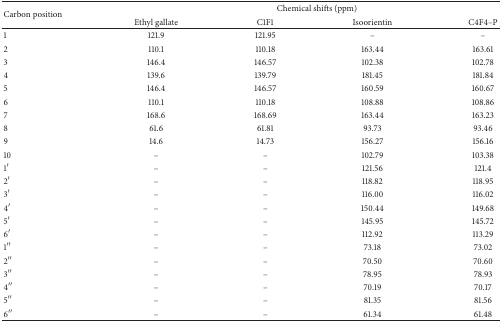
<table><thead><tr><td rowspan="2"><b>Carbon position</b></td><td colspan="4"><b>Chemical shifts (ppm)</b></td></tr><tr><td><b>Ethyl gallate</b></td><td><b>C1F1</b></td><td><b>Isoorientin</b></td><td><b>C4F4–P</b></td></tr></thead><tbody><tr><td>1</td><td>121.9</td><td>121.95</td><td>–</td><td>–</td></tr><tr><td>2</td><td>110.1</td><td>110.18</td><td>163.44</td><td>163.61</td></tr><tr><td>3</td><td>146.4</td><td>146.57</td><td>102.38</td><td>102.78</td></tr><tr><td>4</td><td>139.6</td><td>139.79</td><td>181.45</td><td>181.84</td></tr><tr><td>5</td><td>146.4</td><td>146.57</td><td>160.59</td><td>160.67</td></tr><tr><td>6</td><td>110.1</td><td>110.18</td><td>108.88</td><td>108.86</td></tr><tr><td>7</td><td>168.6</td><td>168.69</td><td>163.44</td><td>163.23</td></tr><tr><td>8</td><td>61.6</td><td>61.81</td><td>93.73</td><td>93.46</td></tr><tr><td>9</td><td>14.6</td><td>14.73</td><td>156.27</td><td>156.16</td></tr><tr><td>10</td><td>–</td><td>–</td><td>102.79</td><td>103.38</td></tr><tr><td>1′</td><td>–</td><td>–</td><td>121.56</td><td>121.4</td></tr><tr><td>2′</td><td>–</td><td>–</td><td>118.82</td><td>118.95</td></tr><tr><td>3′</td><td>–</td><td>–</td><td>116.00</td><td>116.02</td></tr><tr><td>4′</td><td>–</td><td>–</td><td>150.44</td><td>149.68</td></tr><tr><td>5′</td><td>–</td><td>–</td><td>145.95</td><td>145.72</td></tr><tr><td>6′</td><td>–</td><td>–</td><td>112.92</td><td>113.29</td></tr><tr><td>1<sup>′′</sup></td><td>–</td><td>–</td><td>73.18</td><td>73.02</td></tr><tr><td>2<sup>′′</sup></td><td>–</td><td>–</td><td>70.50</td><td>70.60</td></tr><tr><td>3<sup>′′</sup></td><td>–</td><td>–</td><td>78.95</td><td>78.93</td></tr><tr><td>4<sup>′′</sup></td><td>–</td><td>–</td><td>70.19</td><td>70.17</td></tr><tr><td>5<sup>′′</sup></td><td>–</td><td>–</td><td>81.35</td><td>81.56</td></tr><tr><td>6<sup>′′</sup></td><td>–</td><td>–</td><td>61.34</td><td>61.48</td></tr></tbody></table>